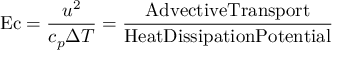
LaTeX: \mathrm { E c } = { \frac { u ^ { 2 } } { c _ { p } \Delta T } } = { \frac { \mathrm { A d v e c t i v e T r a n s p o r t } } { \mathrm { H e a t D i s s i p a t i o n P o t e n t i a l } } }